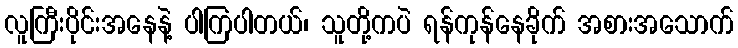
လူကြီးပိုင်းအနေနဲ့ ပါကြပါတယ်၊ သူတို့ကပဲ ရန်ကုန်နေခိုက် အစားအသောက်